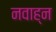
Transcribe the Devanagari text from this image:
नवाह्न